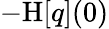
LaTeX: -\mathrm{H}[q](0)